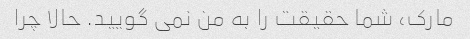
مارک، شما حقیقت را به من نمی گویید. حالا چرا